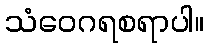
သံဝေဂရစရာပါ။